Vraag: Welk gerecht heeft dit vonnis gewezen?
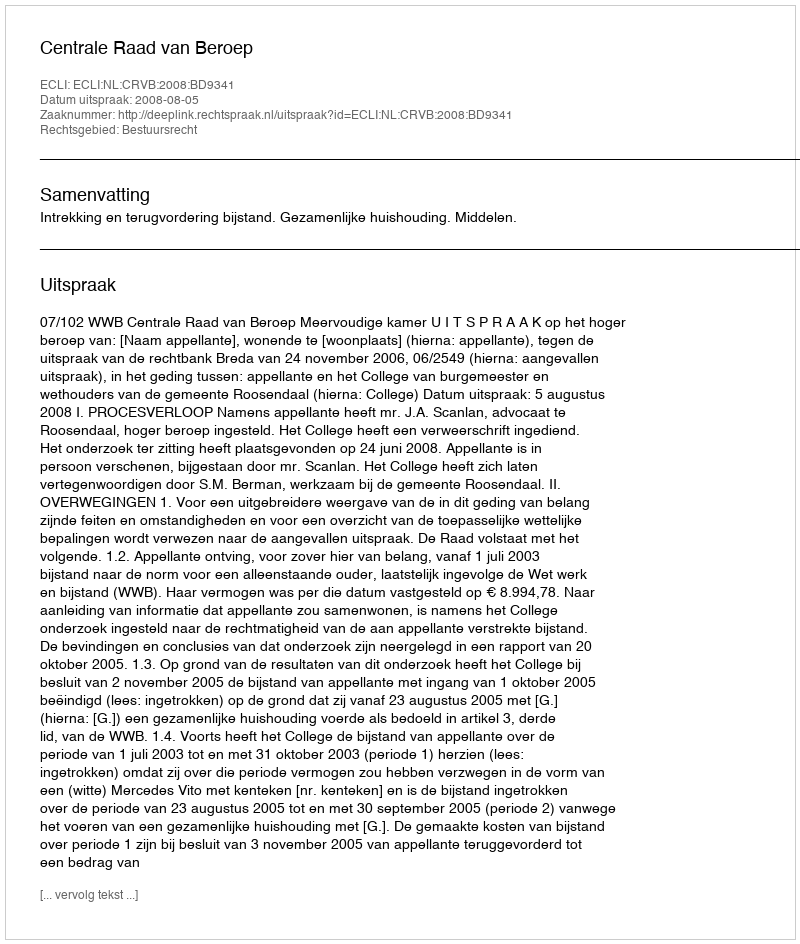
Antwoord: Centrale Raad van Beroep